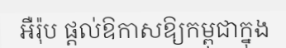
អឺរ៉ុប ផ្តល់ឱកាសឱ្យកម្ពុជាក្នុង